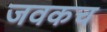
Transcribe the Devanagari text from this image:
जवकच